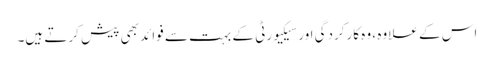
اس کے علاوہ ، وہ کارکردگی اور سیکیورٹی کے بہت سے فوائد بھی پیش کرتے ہیں۔